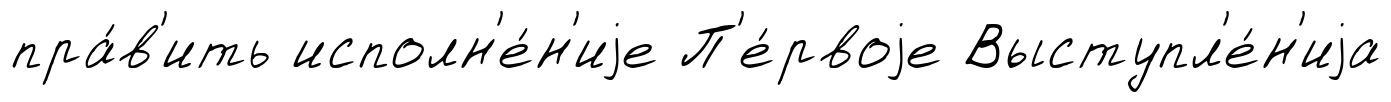
пра́в'ить исполн'е́н'иjе П'е́рвоjе Выступл'е́н'иjа